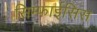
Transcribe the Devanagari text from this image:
सिम्फाईसिस